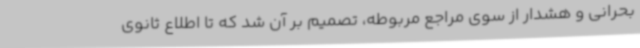
بحرانی و هشدار از سوی مراجع مربوطه، تصمیم بر آن شد که تا اطلاع ثانوی